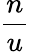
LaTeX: \frac{n}{u}